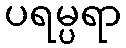
ပရမ္ပရာ